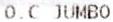
O.C JUMBO